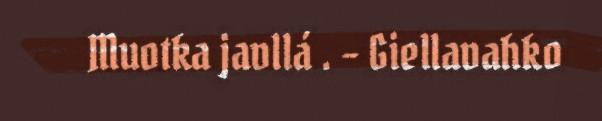
Muotka javllá . – Giellavahko